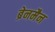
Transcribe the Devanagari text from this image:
ब्रेनमैन